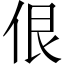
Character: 佷